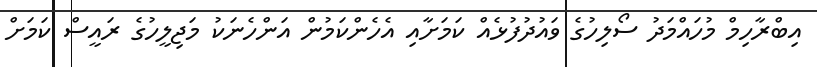
އިބްރާހިމް މުހައްމަދު ސޯލިހުގެ ވައުދުފުޅެއް ކަމަށާއި އެހެންކަމުން އަންހެނަކު މަޖިލީހުގެ ރައީސް ކަމަށް